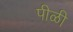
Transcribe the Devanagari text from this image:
पीळी